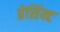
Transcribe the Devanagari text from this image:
प्रेसिंक्ट